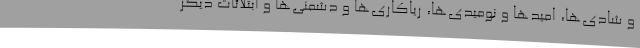
و شادی‌ها، امیدها و نومیدی‌ها، ریاکاری‌ها و دشمنی‌ها و ابتلائات دیگر